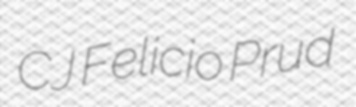
CJ Felicio Prud